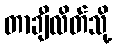
တာချီလိတ်သို့